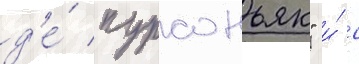
д'е́ пурсоньяк" и́ с